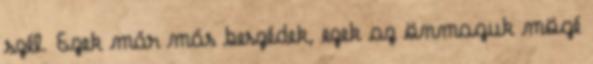
szél. Ezek már más beszédek, ezek az önmaguk mögé